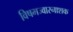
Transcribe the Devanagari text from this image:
विषमज्वारनाशक